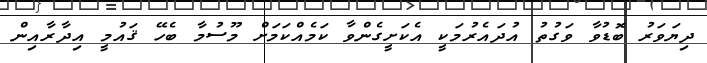
ދިޔަވަރު ބޮޑުވާ ވަގުތު އުދައެރުމަކީ އެކަށީގެންވާ ކަމެއްކަމަށް މޫސުމާ ބެހޭ ޤައުމީ އިދާރާއިން